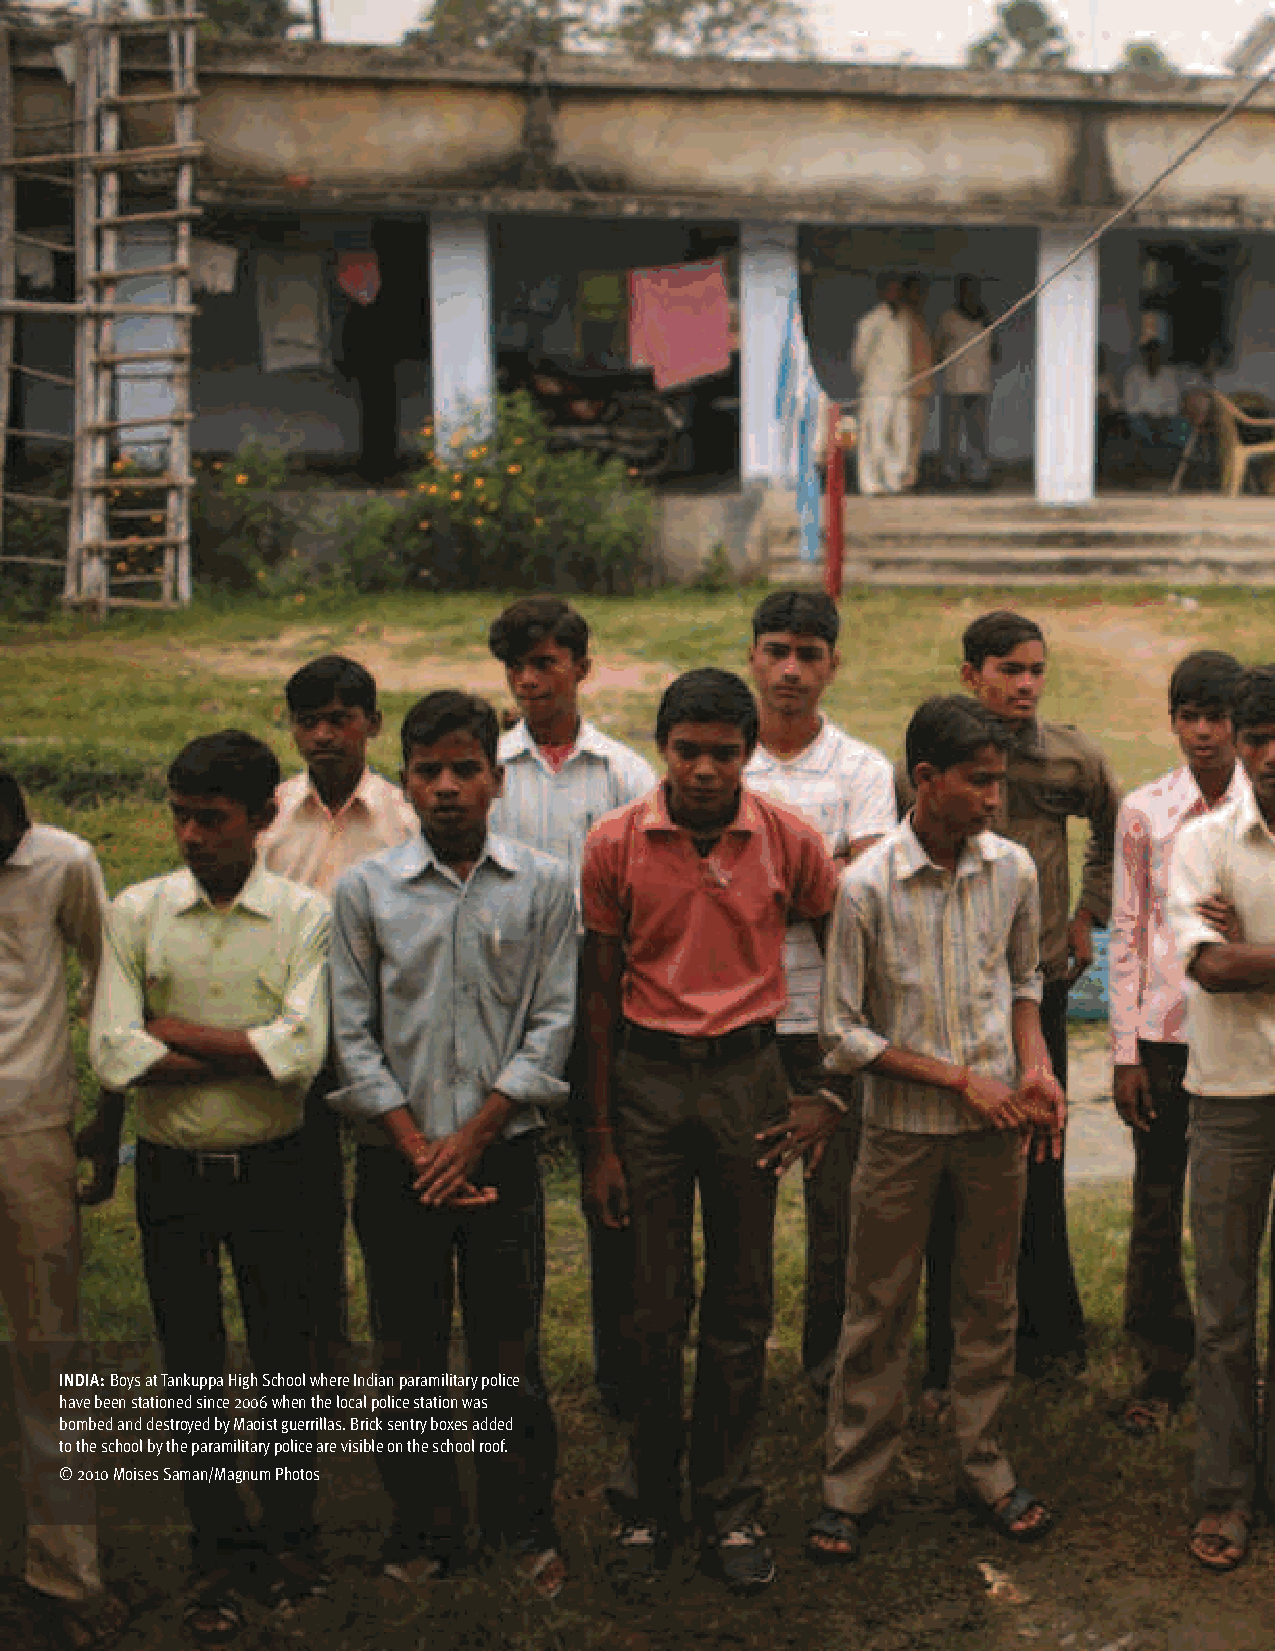
INDIA: Boys at Tankuppa High School where Indian paramilitary police
 have been stationed since 2006 when the local police station was
 bombed and destroyed by Maoist guerrillas. Brick sentry boxes added
 to the school by the paramilitary police are visible on the school roof.
 © 2010 Moises Saman/Magnum Photos